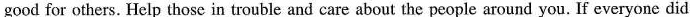
good for others. Help those in trouble and care about the peoplearound you. If everyone did